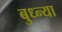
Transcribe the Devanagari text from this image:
बुध्न्या